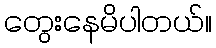
တွေးနေမိပါတယ်။